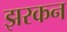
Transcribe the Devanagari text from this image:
झरकन